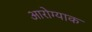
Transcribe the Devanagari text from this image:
आरोग्याक